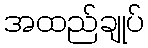
အထည်ချုပ်